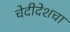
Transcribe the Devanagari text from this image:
चेदीदेशचा